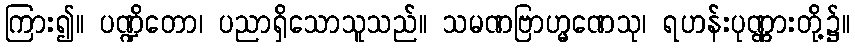
ကြား၍။ ပဏ္ဍိတော၊ ပညာရှိသောသူသည်။ သမဏဗြာဟ္မဏေသု၊ ရဟန်းပုဏ္ဏားတို့၌။